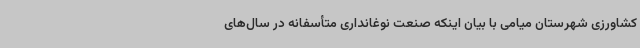
کشاورزی شهرستان میامی با بیان اینکه صنعت نوغانداری متأسفانه در سال‌های